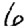
Digit: 6